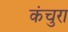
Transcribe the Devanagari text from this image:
कंचुरा